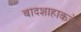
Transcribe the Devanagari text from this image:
बादशाहाकडे